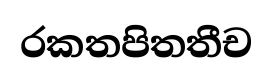
රකතපිතතීච